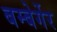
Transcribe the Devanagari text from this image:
बम्बेर्गेर